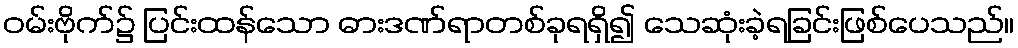
ဝမ်းဗိုက်၌ ပြင်းထန်သော ဓားဒဏ်ရာတစ်ခုရရှိ၍ သေဆုံးခဲ့ရခြင်းဖြစ်ပေသည်။